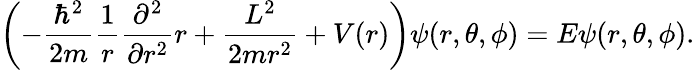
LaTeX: \left(-\frac{\hbar^{2}}{2m}\frac{1}{r}\frac{\partial^{2}}{\partial r^{2}}r+\frac{L^{2}}{2mr^{2}}+V(r)\right)\psi(r,\theta,\phi)=E\psi(r,\theta,\phi).